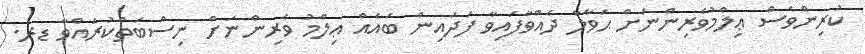
ކުރިންވެސް ޢިލްމުވެރިންނަށް ޙަވާލާ ދެއްވާފައިވާ ފަދައިން ބައެއް ޢިލްމު ވެރިންނަށް ނިސްބަތްކުރައްވާ ޑރ.